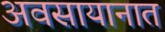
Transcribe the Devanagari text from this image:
अवसायानात